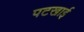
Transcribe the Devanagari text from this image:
पटखाई